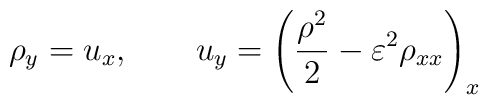
\rho_{y}=u_{x}, \qquad u_{y}= \left(\frac{\rho ^{2}}{2} -\varepsilon^2 \rho_{xx}\right)_x